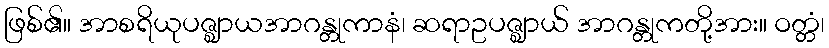
ဖြစ်၏။ အာစရိယုပဇ္ဈာယအာဂန္တုကာနံ၊ ဆရာဥပဇ္ဈာယ် အာဂန္တုကတို့အား။ ဝတ္တံ၊